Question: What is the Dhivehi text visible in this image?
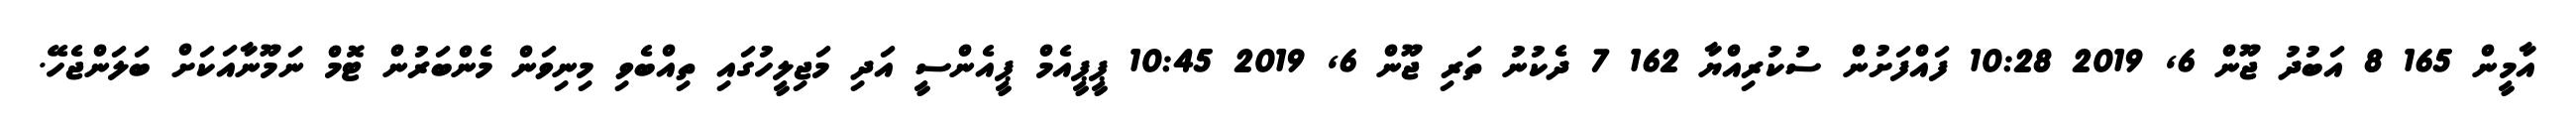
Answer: އާމީން 165 8 އަބުދު ޖޫން 6, 2019 10:28 ފައްފަށުން ސުކުރިއްޔާ 162 7 ދެކުނު ތަރި ޖޫން 6, 2019 10:45 ޕީޕީއެމް ޕީއެންސީ އަދި މަޖިލީހުގައި ތިއްބެވި މިނިވަން މެންބަރުން ޓޮމް ނަމޫނާއަކަށް ބަލަންޖެހޭ.